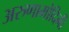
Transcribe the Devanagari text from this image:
अरुणामोदिनी